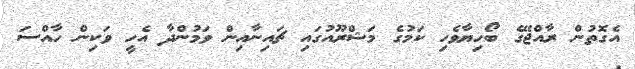
އެގޮތުން ރާއްޖޭގެ ބޯހިޔާވެހި ކަމުގެ މަޝްރޫއުގައި ޗައިނާއިން ވަމުންދާ އެހީ ވަކިން ހާއްސަ